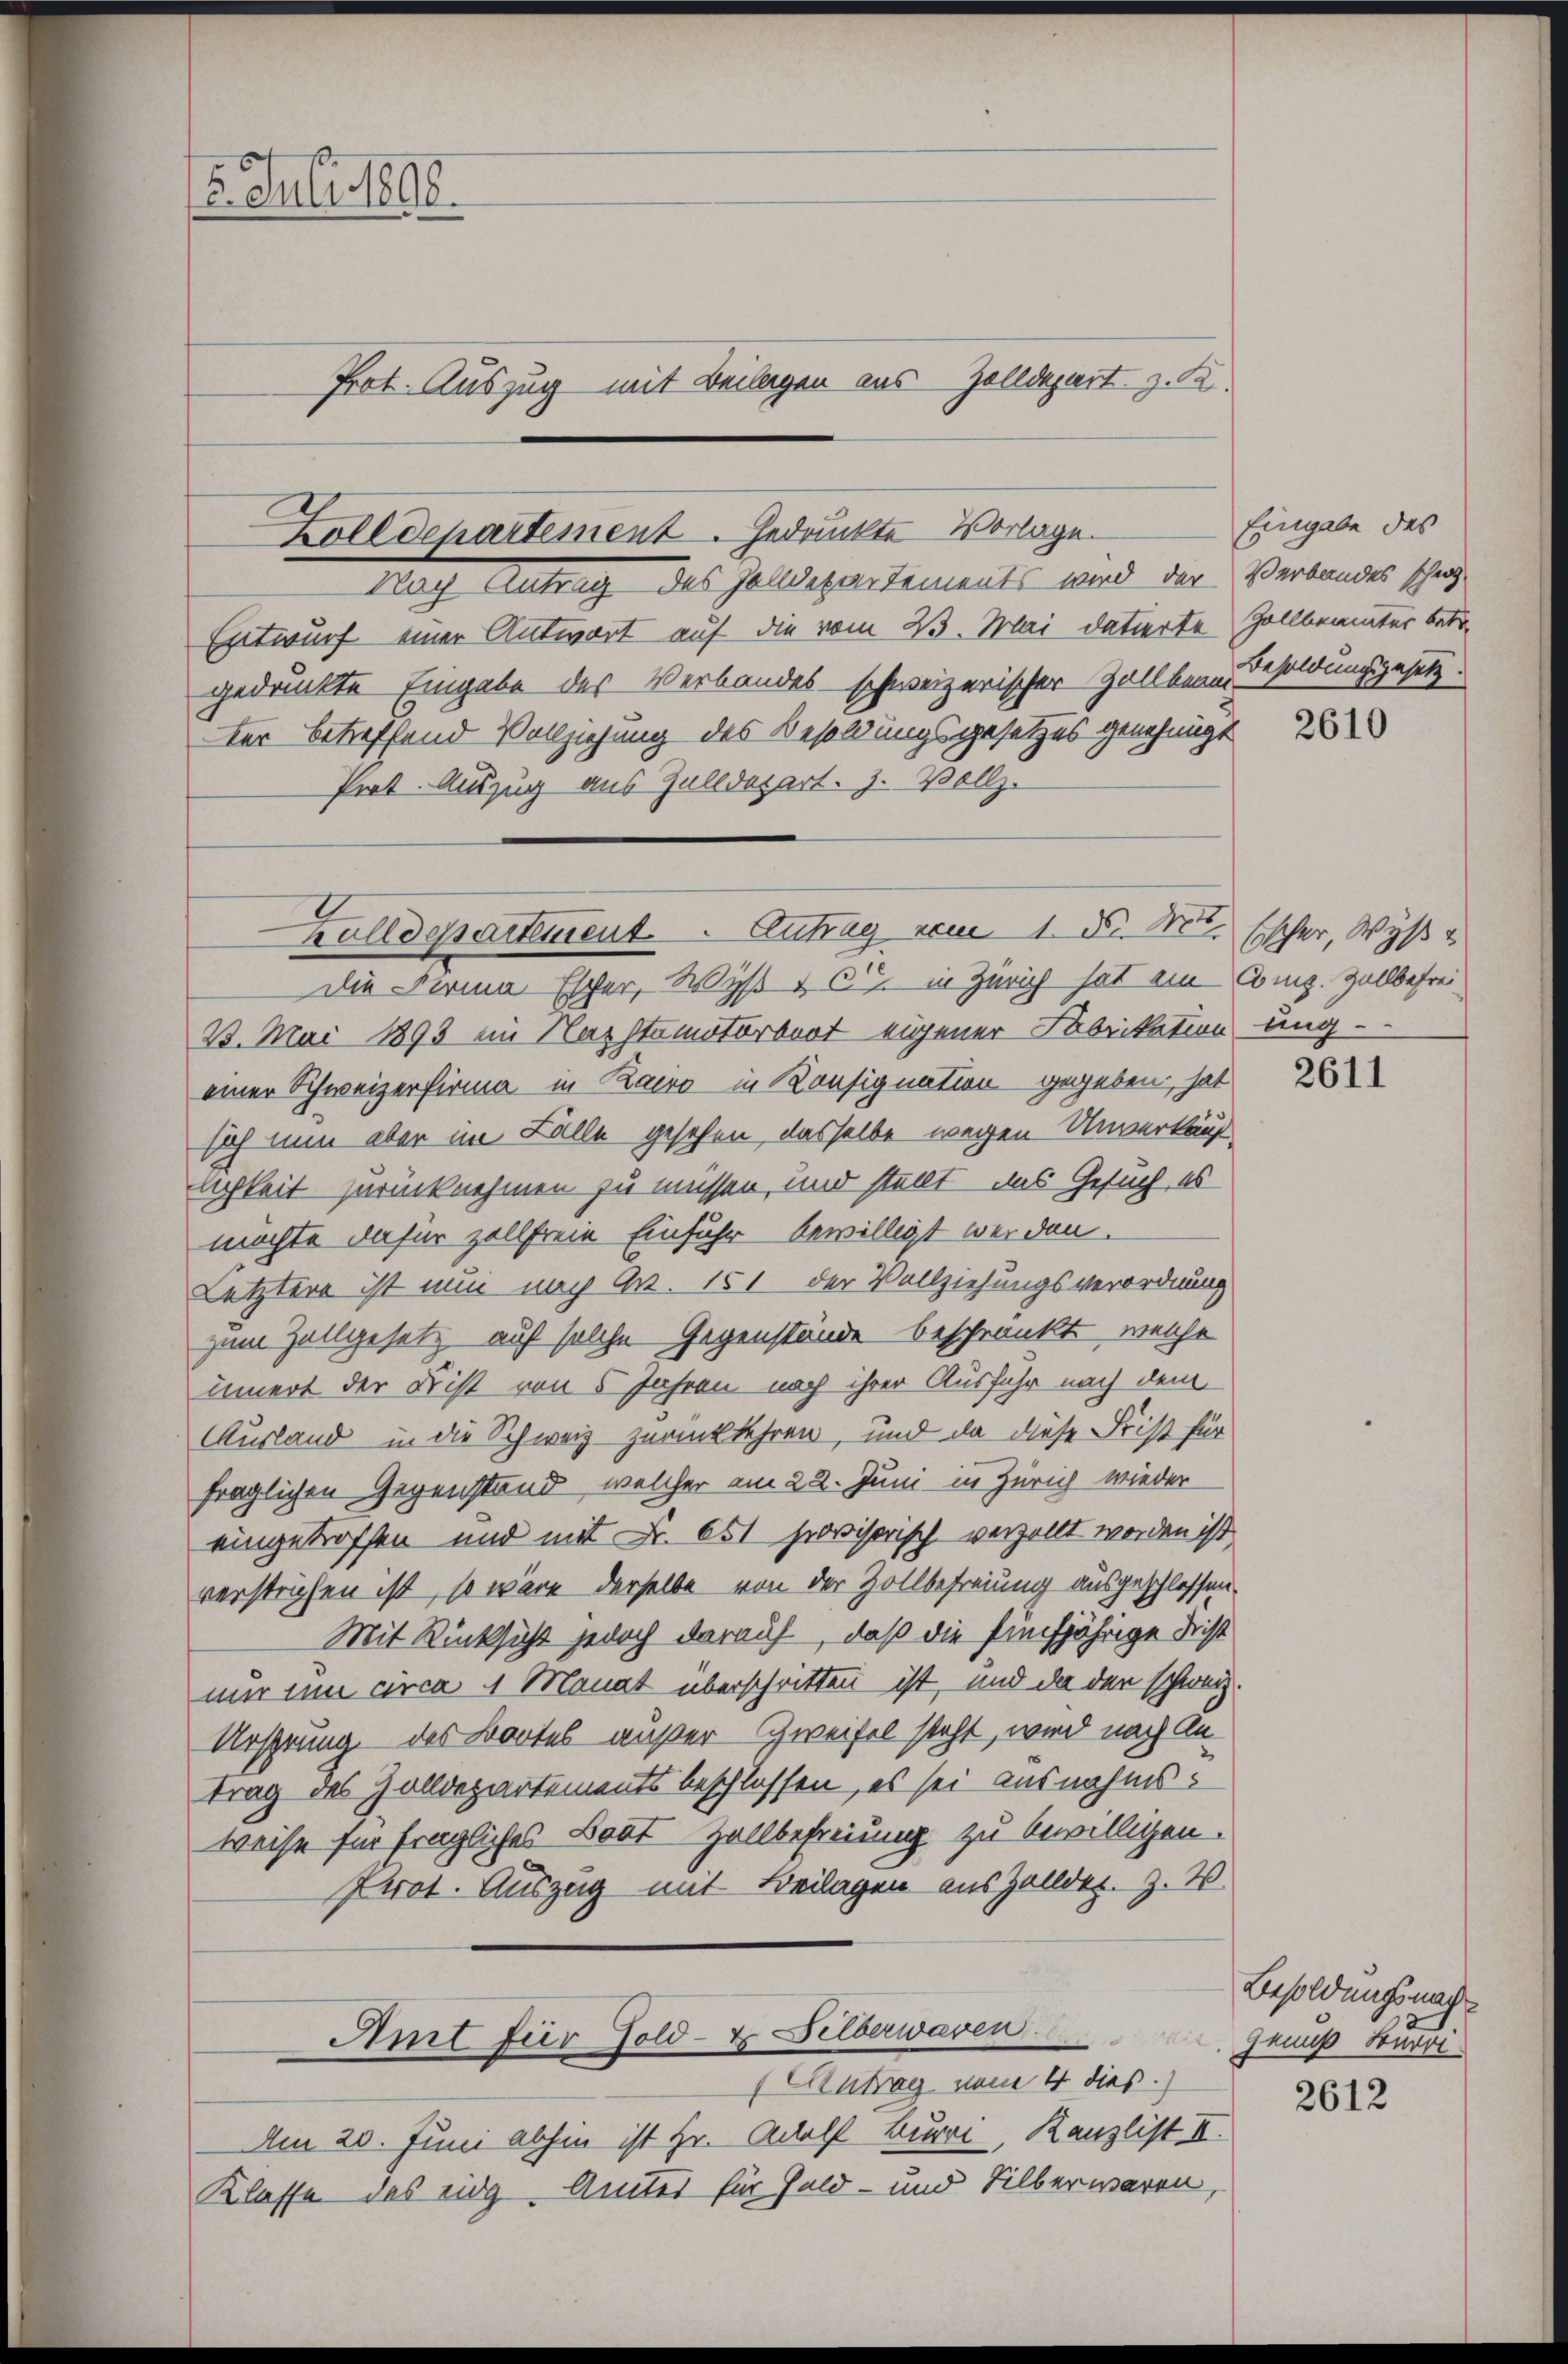
6. Juli 1890.
Prot. Auszug mit Beilagen aus Zolldepart z. K.

Zolldepartement. Gedruckte Vorlage.
Nach Antrag des Zolldepartements wird der Verbandes schweg-

Entwurf einer Antwort auf die vom 23. Mai datierte Zollbeamter betr.
gedruckte Eingabe des Verbandes schweizerischer Zollbeam-
ter betreffend Vollziehung des Besoldungsgesetzes genehmigt
Prot. Auszug aus Zolldepart. Z. Vollz
Die Firma Escher, Wyß & C in Zürich hat ein Comp. Zollbefrei¬
2. Mai 1895 im Nasstamotorboot eigener Fabrikation ung-
einer Schweizerfirma in Bairo in Konsignation gegeben, hat
sich nun aber im Falle gesehen, dasselbe wegen Unverkauf
lichkeit zurücknehmen zu müssen, und stellt, das Gesuch, es
möchte dafür zollfreie Einfuhr bewilligt werden.
Letztere ist nun nach Art. 151 der Vollziehungsverordnung
zum Zallgesetz auf solche Gegenstände beschränkt, welche
innert der List von 5 Jahren nach ihrer Ausfuhr nach dem
Ausland in die Schweiz zurückkehren, und da diese Frist für
fraglichen Gegenstand, welcher am 22. Juni in Zürich wieder
eingetroffen und mit Fr. 651 provisorisch verzollt worden ist.
verstrichen ist, so wäre derselbe von der Zollbefreiung ausgeschlossen.
Mit Rücksicht jedoch darauf, daß die fünfjährige Frist
nur in circa 11 Monat überschritten ist, und da der schweiz.
Ursprung des Bortes außer Zweifel steht, wird nach Antrag des Zolldepartements beschlossen, es sei ausnahmsweise für fragliches Bodt Zollbefreiung zu bewilligen.
Prot. Auszug mit Beilagen aus Zollder. Z. W.
Amt für Gold- & Silberwaren Genuß Surri
Antrag vom 4 dies
Am 20. Juni abhin ist Hr. Adolf Burri, Kanzlist II.
Klasse das eidg. Amtes für Geld- und Silber waren,

Zolldepartement. Antrag vom 1. No. 10. Escher, Wyß

Eingabe des
Besoldungsgesetz.

2610

2611

Besoldungsnach

2612